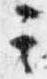
其